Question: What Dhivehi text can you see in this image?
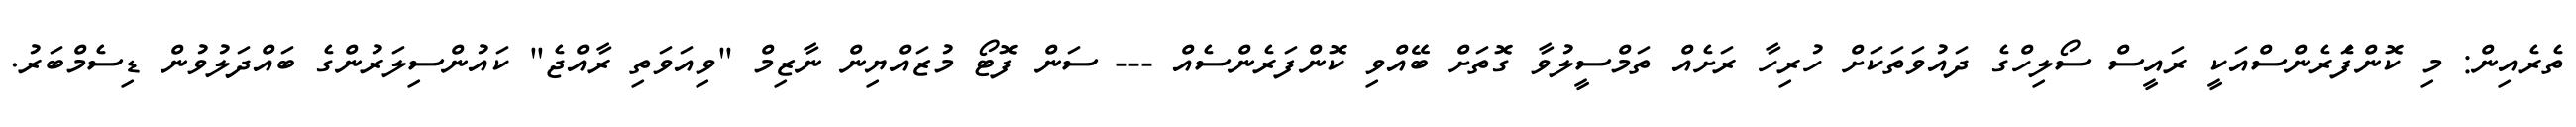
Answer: ތެރެއިން: މި ކޮންފެަރެންސްއަކީ ރައީސް ސޯލިހްގެ ދައުވަތަކަށް ހުރިހާ ރަށެއް ތަމްސީލުވާ ގޮތަށް ބޭއްވި ކޮންފަރެންސެއް --- ސަން ފޮޓޯ މުޒައްޔިން ނާޒިމް "ވިއަވަތި ރާއްޖެ" ކައުންސިލަރުންގެ ބައްދަލުވުން ޑިސެމްބަރު.